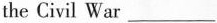
the Civil War ___